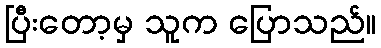
ပြီးတော့မှ သူက ပြောသည်။